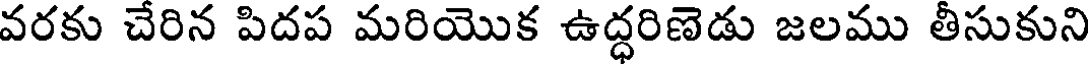
వరకు చేరిన పిదప మరియొక ఉద్ధరిణెడు జలము తీసుకుని